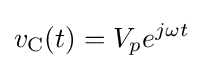
v_{\text{C}}(t)=V_{p}e^{j\omega t}